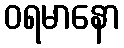
ဝရမာနော